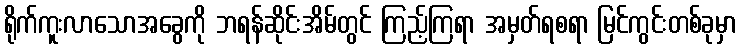
ရိုက်ကူးလာသောအခွေကို ဘရန်ဆိုင်းအိမ်တွင် ကြည့်ကြရာ အမှတ်ရစရာ မြင်ကွင်းတစ်ခုမှာ